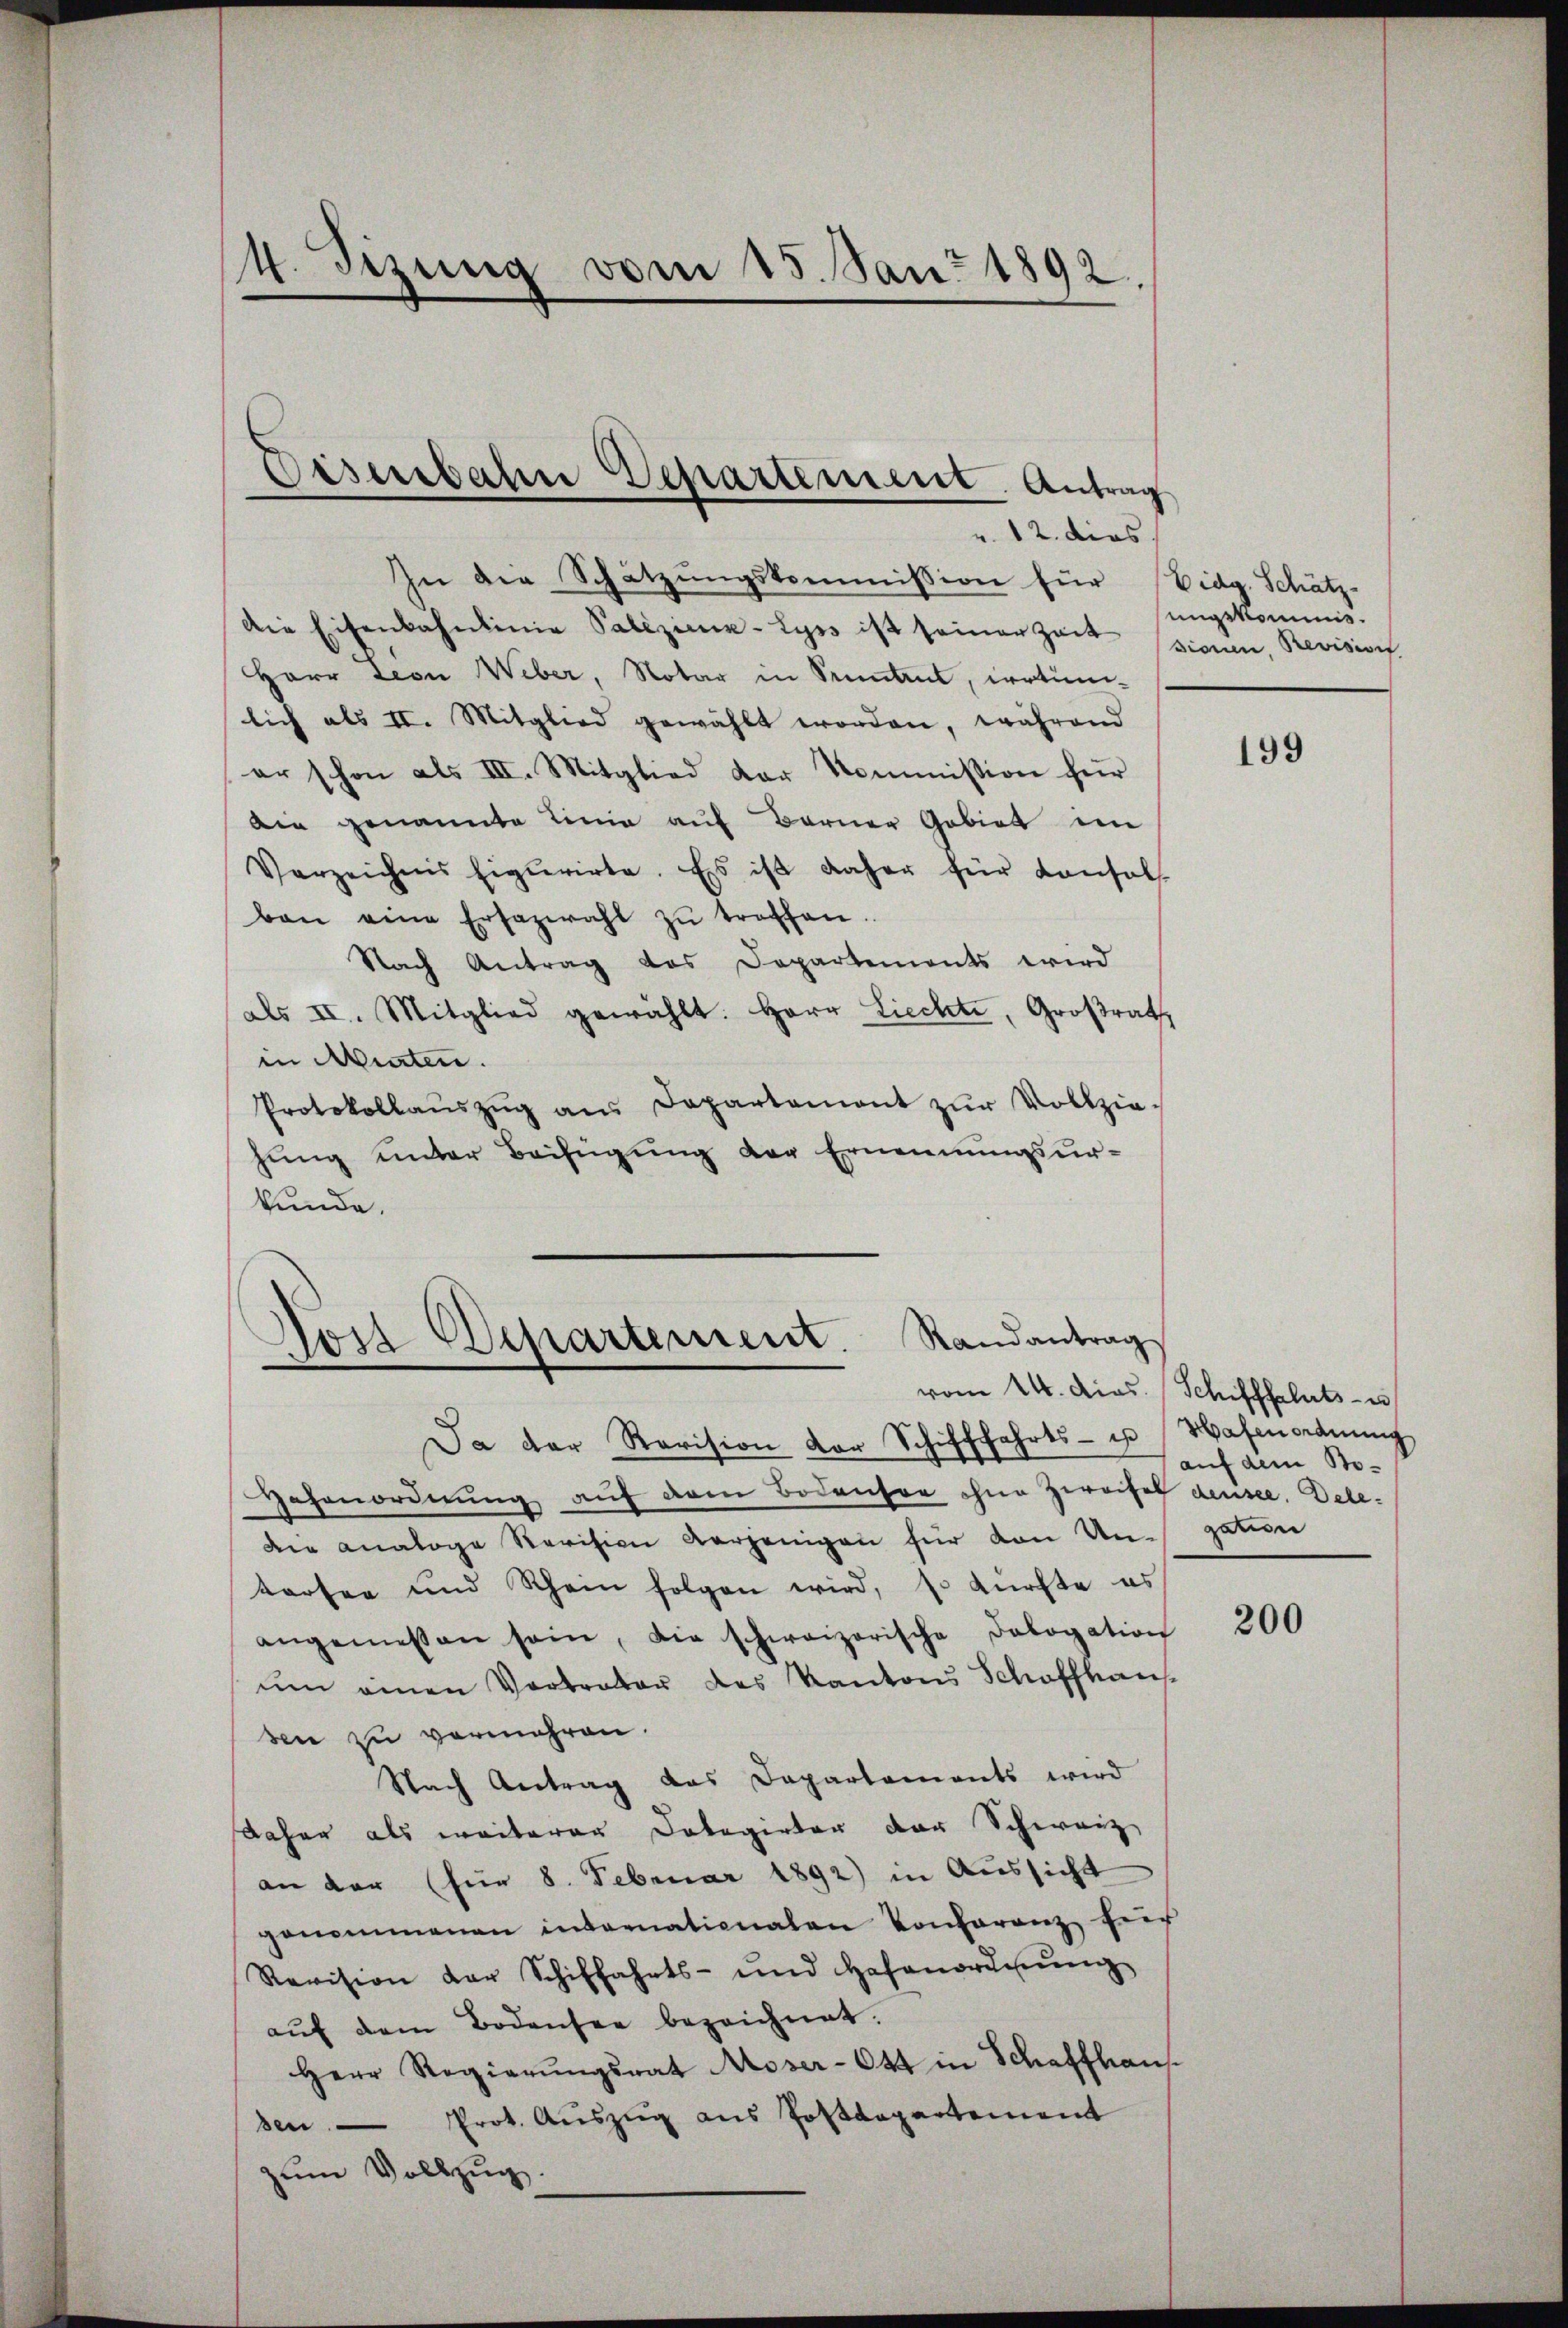
4. Tizung vom 15. Jan. 1892.

In die Schätzungskommission für Eidg. Schätz-
die Eisenbahnlinie Palizier-Lyrs ist seiner Zeit sicum, Revisioef.
HHerr Leo Weber, Notar in Suntrut, irrtüm-
lich als II. Mitglied gewählt worden, während
er schon als III. Mitglied der Kommission für
die genannte Linie auf Berner Gebiet in
Verzeichnis figurirte. Es ist daher für Konsol
ban eine Ersazwahl zŭ treffen.
Nach Antrag des Departements wird
als II. Mitglied gewählt. Herr Liechte, Großrath
in Murten.
Protokollaŭszŭg an Departament zŭr Vollziehung unter Beifügung der Ernennungsurkunde.

Ja der Revision der Schifffahrts- u Wasenordnŭng
Hahenordnung auf dem Bodenser ohne Zweifel densee. Dele-
die Analoge Revision verjenigen für von Ungund
tarfen und Rhein folgen wird, so dürfte es
angemessen sein, die schweizerische Dobogation
ŭm einen Vortrater des Kantons Schaffhaus
sen zu vermehren.
Nach Antrag das Departaments wird
daher als weiterer Dolegirter der Schweiz,
an der (für 8. Februar 1892) in Aussicht
genommenen internationalen Konferenz für
Revision der Schiffahrts- und Hafenordnŭng
aŭf dem Bodensee bezeichnet.
Herr Regierungsrat Moser-644 in Schaffhaus
sen Prot. Auszug aus Postdepartement
zum Vollzug.

Eisenbahn Departement. Antrag
v. 12. dies

Randantrag
Nost Departement.
vom 14. dies Schifffahrts- u

ungskommis.

199

auf dem Bo-

200